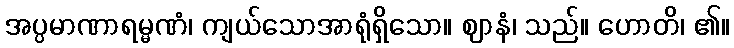
အပ္ပမာဏာရမ္မဏံ၊ ကျယ်သောအာရုံရှိသော။ ဈာနံ၊ သည်။ ဟောတိ၊ ၏။